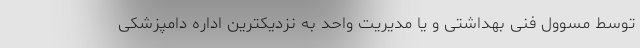
توسط مسوول فنی بهداشتی و یا مدیریت واحد به نزدیکترین اداره دامپزشکی